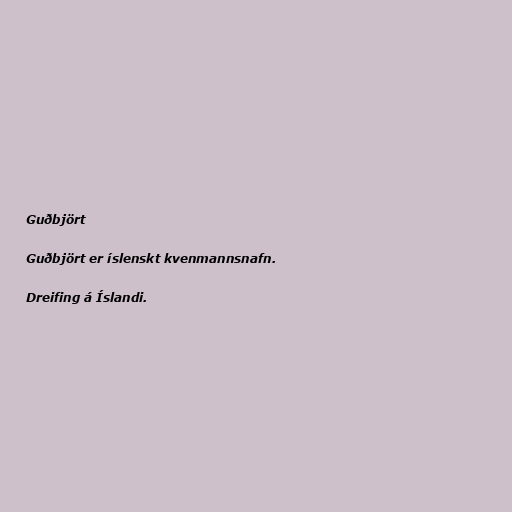
Guðbjört

Guðbjört er íslenskt kvenmannsnafn.

Dreifing á Íslandi.